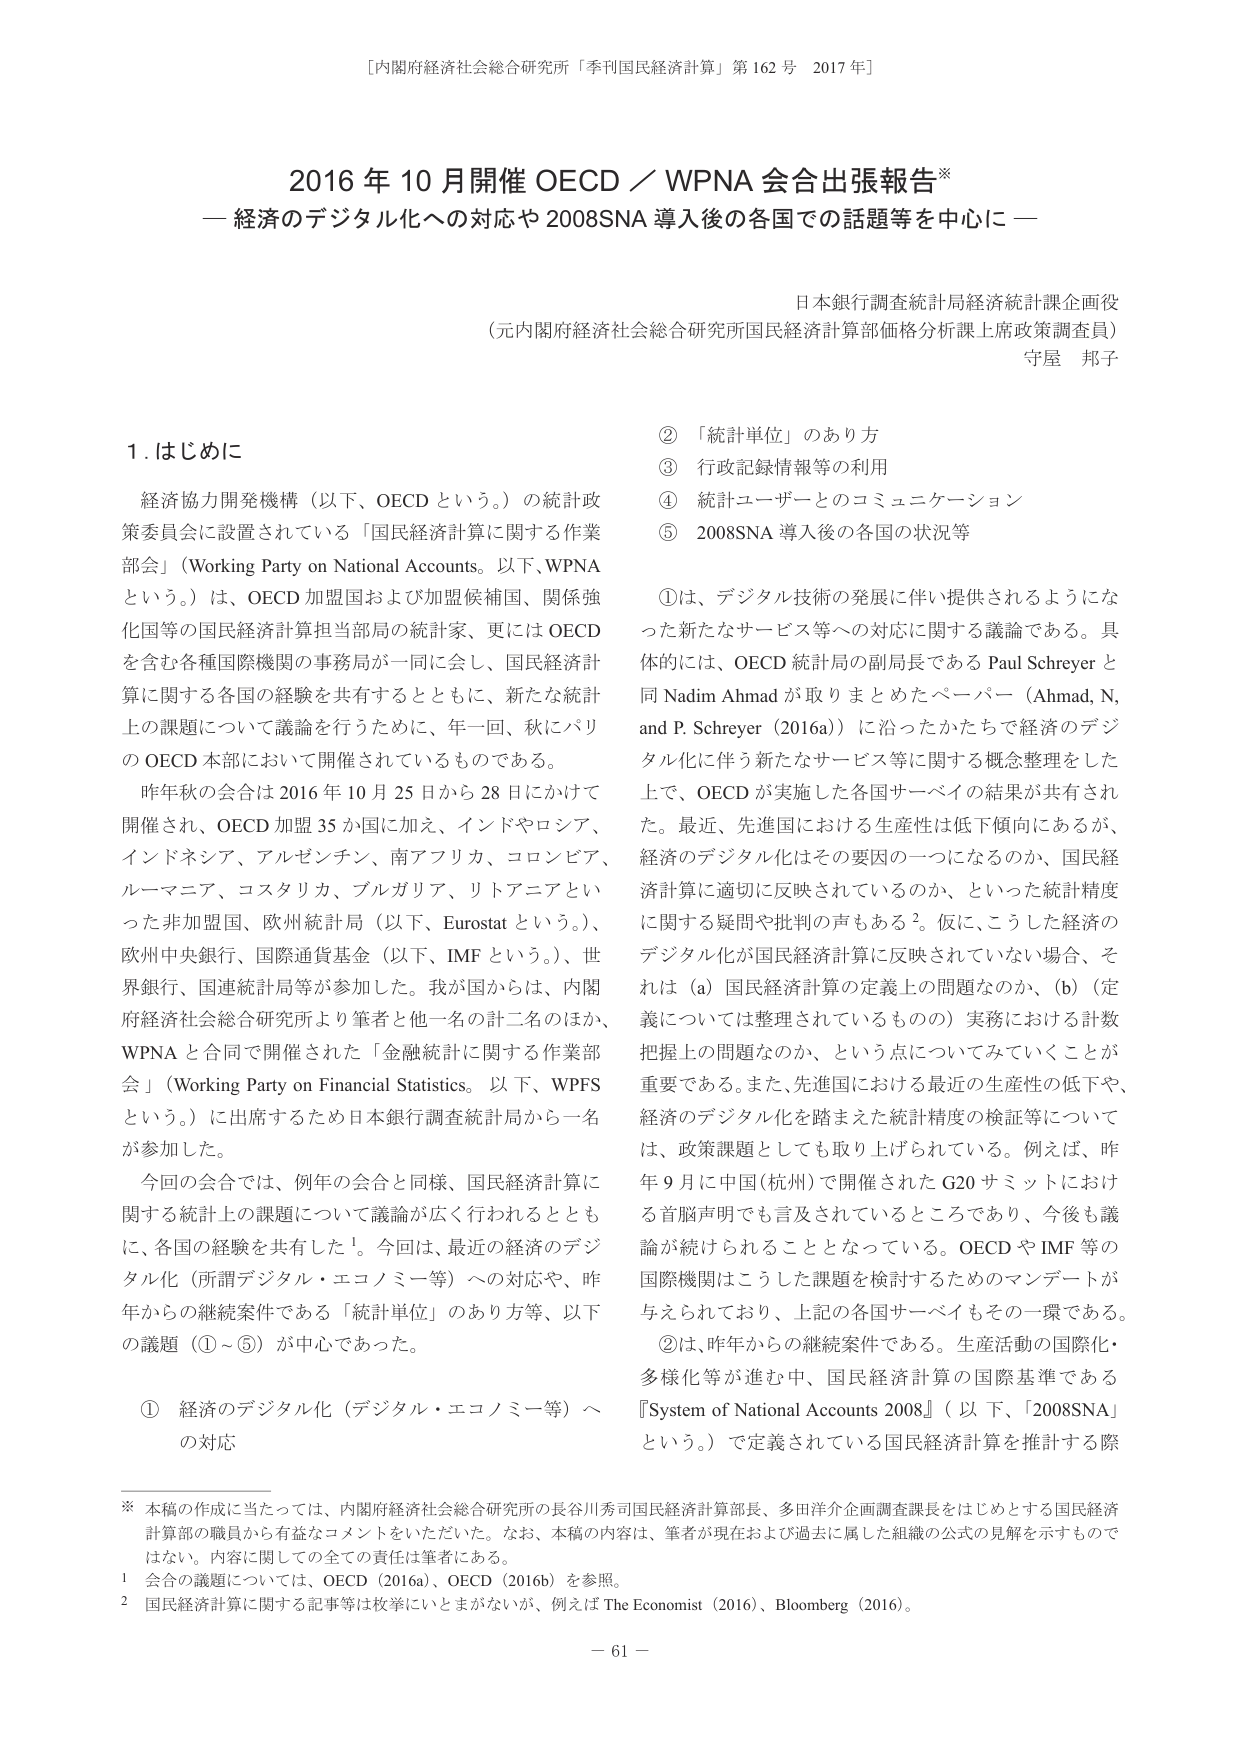
[内閣府経済社会総合研究所「季刊国民経済計算」第162号 2017年]

2016年10月開催 OECD／WPNA 会合出張報告※
― 経済のデジタル化への対応や2008SNA導入後の各国での話題等を中心に ―

日本銀行調査統計局経済統計課企画役
（元内閣府経済社会総合研究所国民経済計算部価格分析課主席政策調査員）
守屋 邦子

1. はじめに

経済協力開発機構（以下、OECDという。）の統計政策委員会に設置されている「国民経済計算に関する作業部会」（Working Party on National Accounts。以下、WPNAという。）は、OECD加盟国および加盟候補国、関係強化国等の国民経済計算担当部局の統計家、更にはOECDを含む各種国際機関の事務局が一同に会し、国民経済計算に関する各国の経験を共有するとともに、新たな統計上の課題について議論を行うために、年一回、秋にパリのOECD本部において開催されているものである。

昨年秋の会合は2016年10月25日から28日にかけて開催され、OECD加盟35か国に加え、インドやロシア、インドネシア、アルゼンチン、南アフリカ、コロンビア、ルーマニア、コスタリカ、ブルガリア、リトアニアといった非加盟国、欧州統計局（以下、Eurostatという。）、欧州中央銀行、国際通貨基金（以下、IMFという。）、世界銀行、国連統計局等が参加した。我が国からは、内閣府経済社会総合研究所より筆者と他一名の計二名のほか、WPNAと合同で開催された「金融統計に関する作業部会」（Working Party on Financial Statistics。以下、WPFSという。）に出席するため日本銀行調査統計局から一名が参加した。

今回の会合では、例年の会合と同様、国民経済計算に関する統計上の課題について議論が広く行われるとともに、各国の経験を共有した¹。今回は、最近の経済のデジタル化（所謂デジタル・エコノミー等）への対応や、昨年からの継続案件である「統計単位」のあり方等、以下の議題（①～⑤）が中心であった。

① 経済のデジタル化（デジタル・エコノミー等）への対応
② 「統計単位」のあり方
③ 行政記録情報等の利用
④ 統計ユーザーとのコミュニケーション
⑤ 2008SNA導入後の各国の状況等

①は、デジタル技術の発展に伴い提供されるようになった新たなサービス等への対応に関する議論である。具体的には、OECD統計局の副局長であるPaul Schreyerと同Nadim Ahmadが取りまとめたペーパー（Ahmad, N, and P. Schreyer (2016a)）に沿ったかたちで経済のデジタル化に伴う新たなサービス等に関する概念整理をした上で、OECDが実施した各国サーベイの結果が共有された。最近、先進国における生産性は低下傾向にあるが、経済のデジタル化はその要因の一つになるのか、国民経済計算に適切に反映されているのか、といった統計精度に関する疑問や批判の声もある²。仮に、こうした経済のデジタル化が国民経済計算に反映されていない場合、それは（a）国民経済計算の定義上の問題なのか、（b）（定義については整理されているものの）実務における計数把握上の問題なのか、という点についてみていくことが重要である。また、先進国における最近の生産性の低下や、経済のデジタル化を踏まえた統計精度の検証等については、政策課題としても取り上げられている。例えば、昨年9月に中国（杭州）で開催されたG20サミットにおける首脳声明でも言及されているところであり、今後も議論が続けられることとなっている。OECDやIMF等の国際機関はこうした課題を検討するためのマンデートが与えられており、上記の各国サーベイもその一環である。

②は、昨年からの継続案件である。生産活動の国際化・多様化等が進む中、国民経済計算の国際基準である『System of National Accounts 2008』（以下、「2008SNA」という。）で定義されている国民経済計算を推計する際

※ 本稿の作成に当たっては、内閣府経済社会総合研究所の長谷川秀司国民経済計算部長、多田洋介企画調査課長をはじめとする国民経済計算部の職員から有益なコメントをいただいた。なお、本稿の内容は、筆者が現在および過去に属した組織の公式の見解を示すものではない。内容に関しての全ての責任は筆者にある。

1 会合の議題については、OECD (2016a)、OECD (2016b)を参照。
2 国民経済計算に関する記事等は枚挙にいとまがないが、例えばThe Economist (2016)、Bloomberg (2016)。

－ 61 －